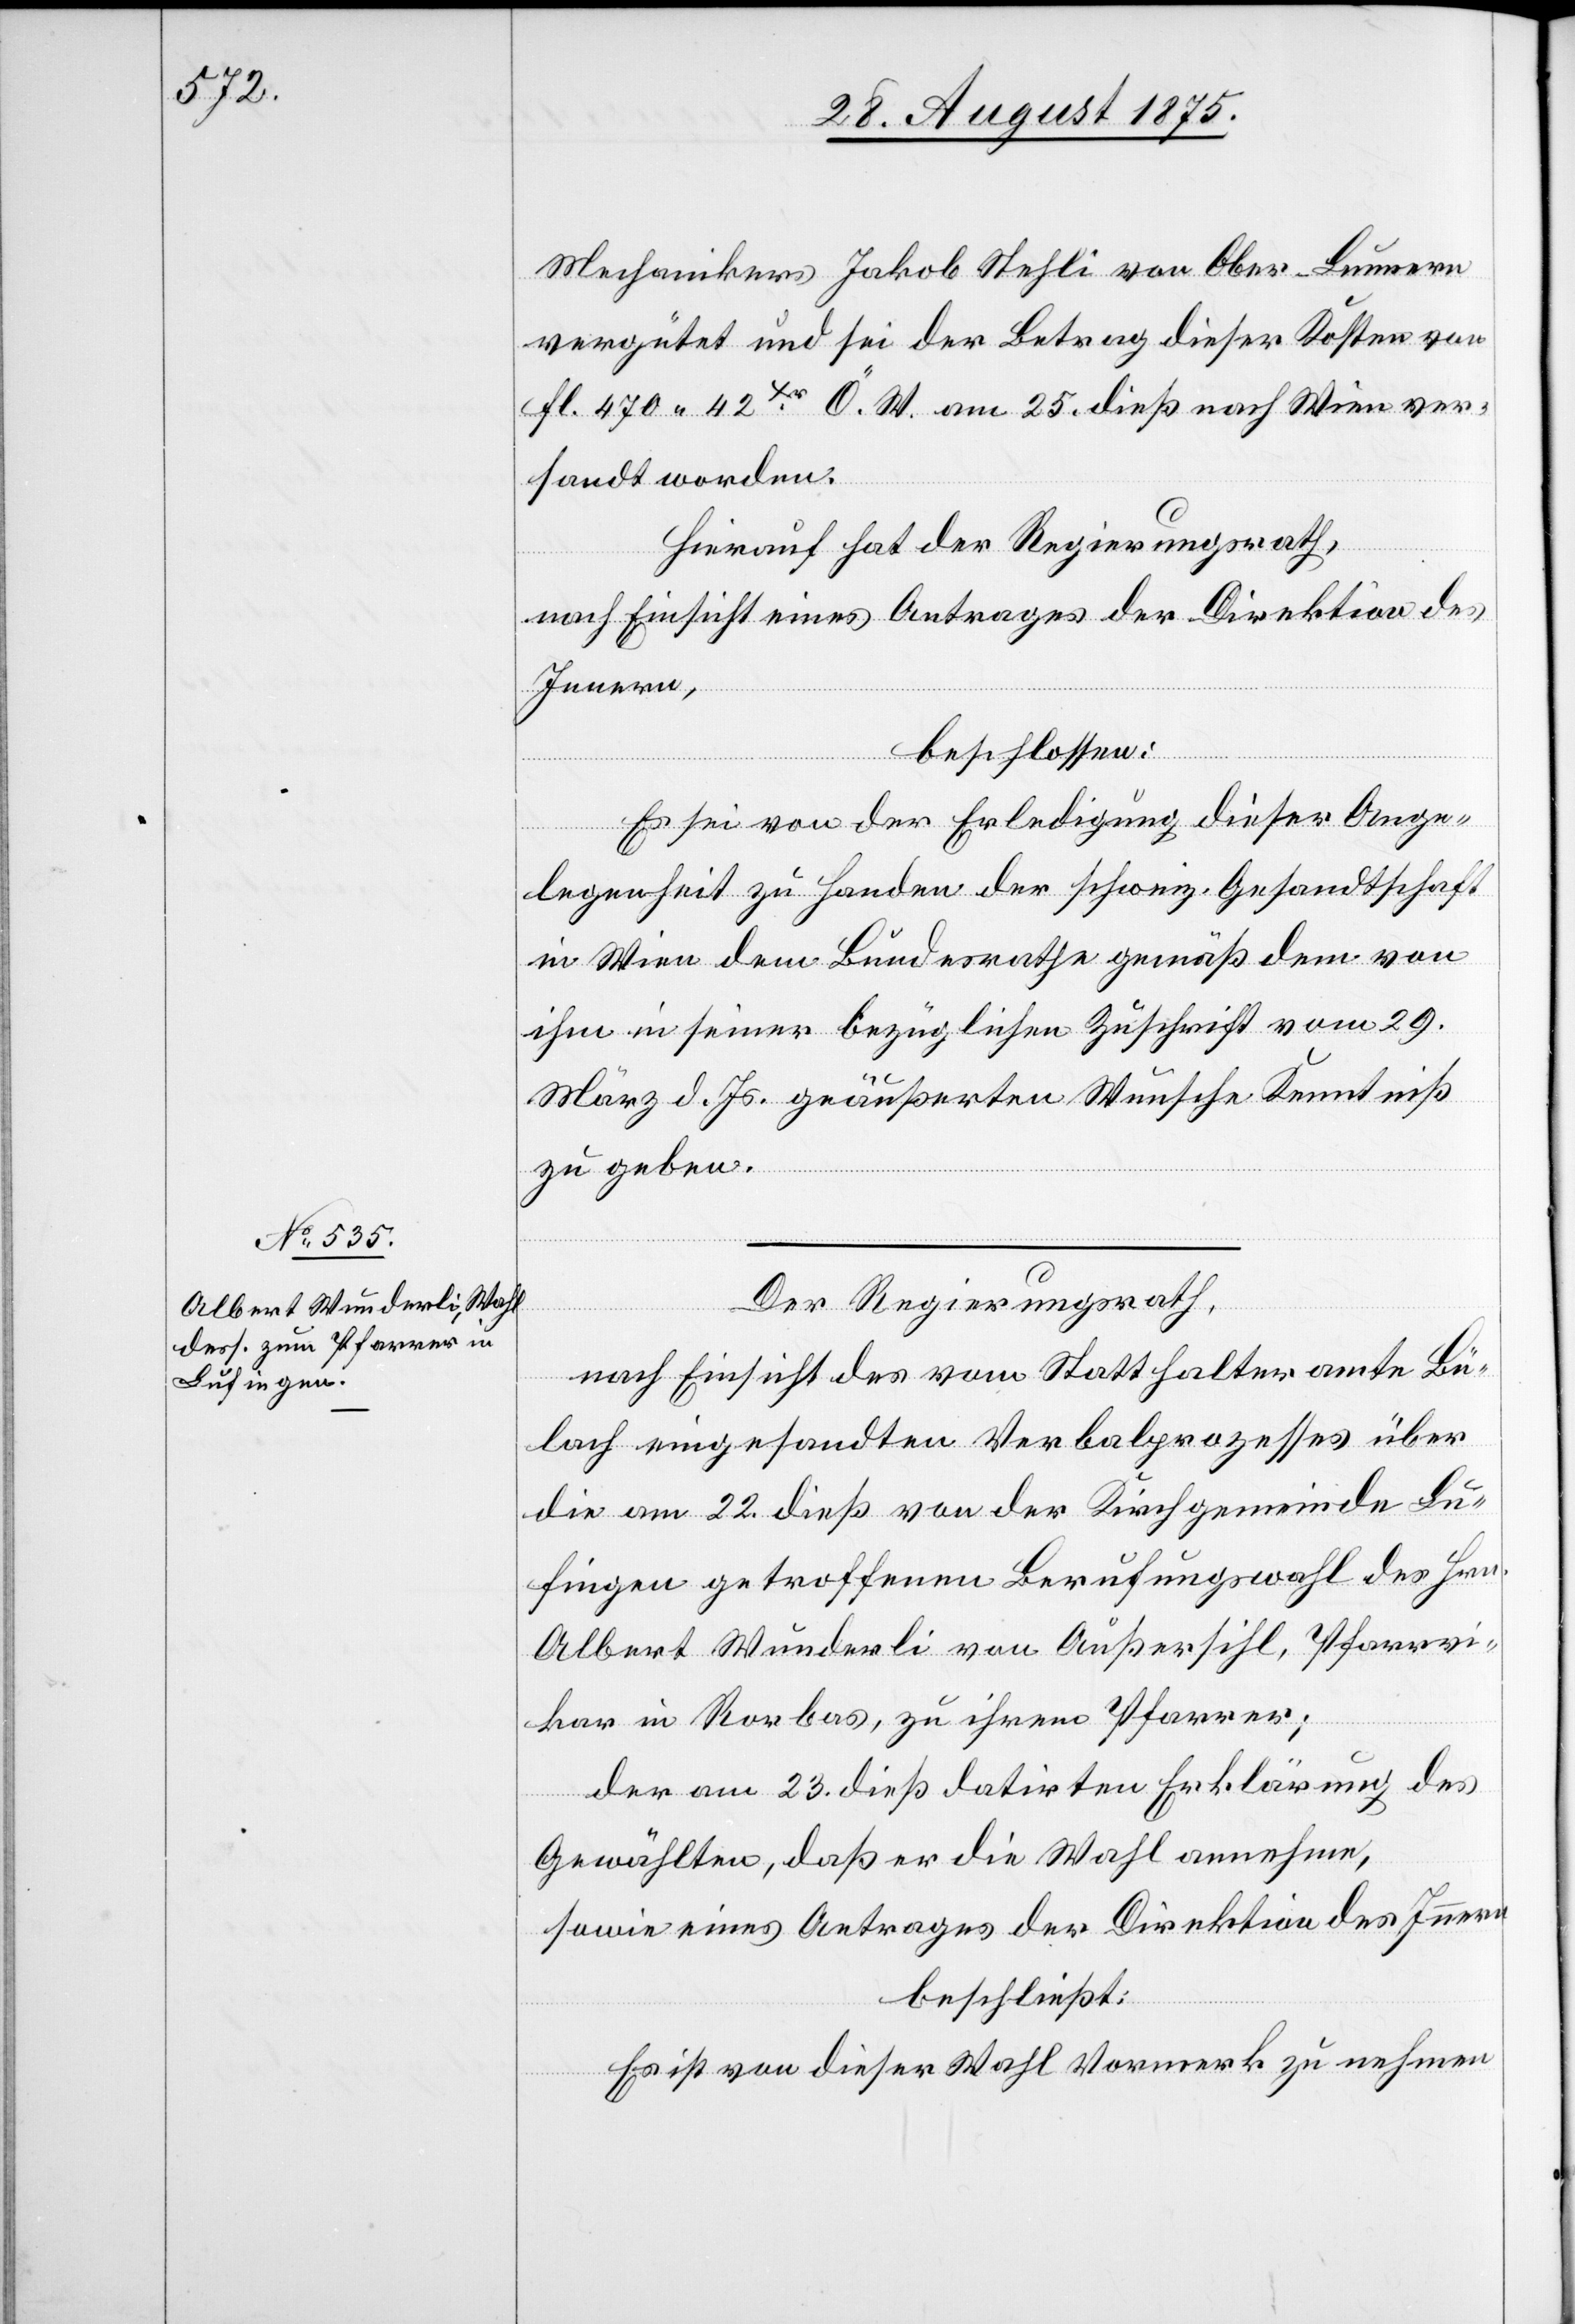
Mechanikers Jakob Stehli von Ober-Lunnern
vergütet und sei der Betrag dieser Kosten von
Fl. 470 42Xr Ö. W. am 25. dieß nach Wien ver¬
sandt worden.
Hierauf hat der Regierungsrath,
nach Einsicht eines Antrages der Direktion des
Innern,
beschlossen:
Es sei von der Erledigung dieser Ange¬
legenheit zu Handen der schweiz. Gesandtschaft
in Wien dem Bundesrathe gemäß dem von
ihm in seiner bezüglichen Zuschrift vom 29.
März d. Js. geäußerten Wunsche Kenntniß
zu geben.
Der Regierungsrath,
nach Einsicht des vom Statthalteramte Bü¬
lach eingesandten Verbalprozesses über
die am 22. dieß von der Kirchgemeinde Lu¬
fingen getroffenen Berufungswahl des Hrn.
Albert Wunderli von Außersihl, Pfarrvi¬
kar in Rorbas, zu ihrem Pfarrer;
der am 23. dieß datirten Erklärung des
Gewählten, daß er die Wahl annehme,
sowie eines Antrages der Direktion des Innern
beschließt:
Es ist von dieser Wahl Vormerk zu nehmen